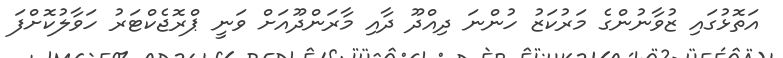
އަތޮޅުގައި ޒުވާނުންގެ މަރުކަޒު ހުންނަ ދިއްދޫ ދާއި މާރަންދޫއަށް ވަނީ ޕްރޮޖެކްޓަރު ހަވާލުކޮށްފަ